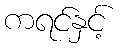
ကရင်နှင့်